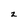
Character: z